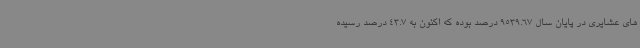
های عشایری در پایان سال 9539.67 درصد بوده که اکنون به 43.7 درصد رسیده